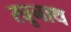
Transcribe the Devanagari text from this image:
रघूनाथ